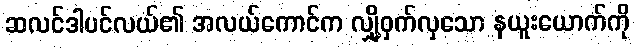
ဆလင်ဒါပင်လယ်၏ အလယ်ကောင်က လျှို့ဝှက်လှသော နယူးယောက်ကို